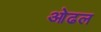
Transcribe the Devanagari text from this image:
ओढल